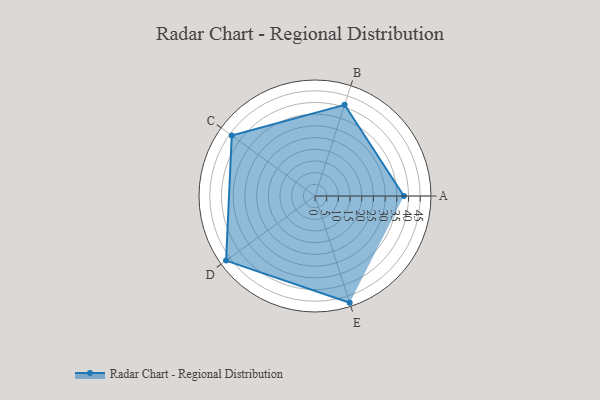
{"axis": {"x": "Skill", "y": "Score"}, "legend": ["Profile"], "data": [{"x": "A", "y": 38.0, "type": "Profile"}, {"x": "B", "y": 41.0, "type": "Profile"}, {"x": "C", "y": 44.0, "type": "Profile"}, {"x": "D", "y": 47.0, "type": "Profile"}, {"x": "E", "y": 48.0, "type": "Profile"}]}